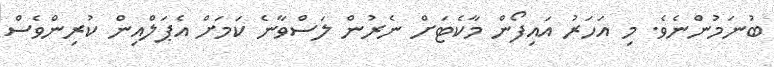
ބުނަމުންނެވެ. މި އަހަރު އައިފޯން މާކެޓަށް ނެރުން ލަސްވާނެ ކަމަށް އެޕަލްއިން ކުރިންވެސް